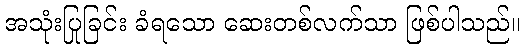
အသုံးပြုခြင်း ခံရသော ဆေးတစ်လက်သာ ဖြစ်ပါသည်။